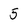
Character: 5